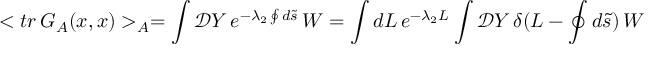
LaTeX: < t r \, G _ { \cal A } ( x , x ) > _ { \cal A } = \int { \mathcal { D } Y } \, e ^ { - { \lambda _ { 2 } } \oint { d } \tilde { s } } \, W = \int d L \, e ^ { - \lambda _ { 2 } L } \int { \mathcal { D } Y } \, \delta ( L - \oint { d } \tilde { s } ) \, W